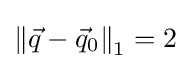
\left\Vert {\vec {q}}-{\vec {q}}_{0}\right\Vert _{1}=2